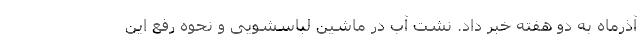
آذرماه به دو هفته خبر داد. نشت آب در ماشین لباسشویی و نحوه رفع این